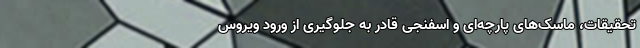
تحقیقات، ماسک‌های پارچه‌ای و اسفنجی قادر به جلوگیری از ورود ویروس